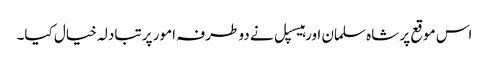
اس موقع پر شاہ سلمان اور ہیسپل نے دو طرفہ امور پر تبادلہ خیال کیا۔